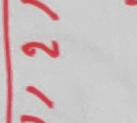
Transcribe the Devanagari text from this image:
२